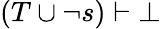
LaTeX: (T\cup\lnot s)\vdash\bot